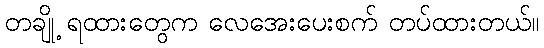
တချို့ ရထားတွေက လေအေးပေးစက် တပ်ထားတယ်။